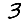
Digit: 3